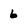
Character: 6